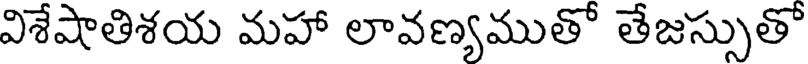
విశేషాతిశయ మహా లావణ్యముతో తేజస్సుతో